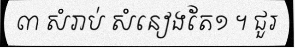
៣ សំរាប់ សំនៀងតែ១ ។ ជួរ